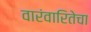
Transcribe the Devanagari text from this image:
वारंवारितेचा